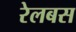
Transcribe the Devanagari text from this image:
रेलबस